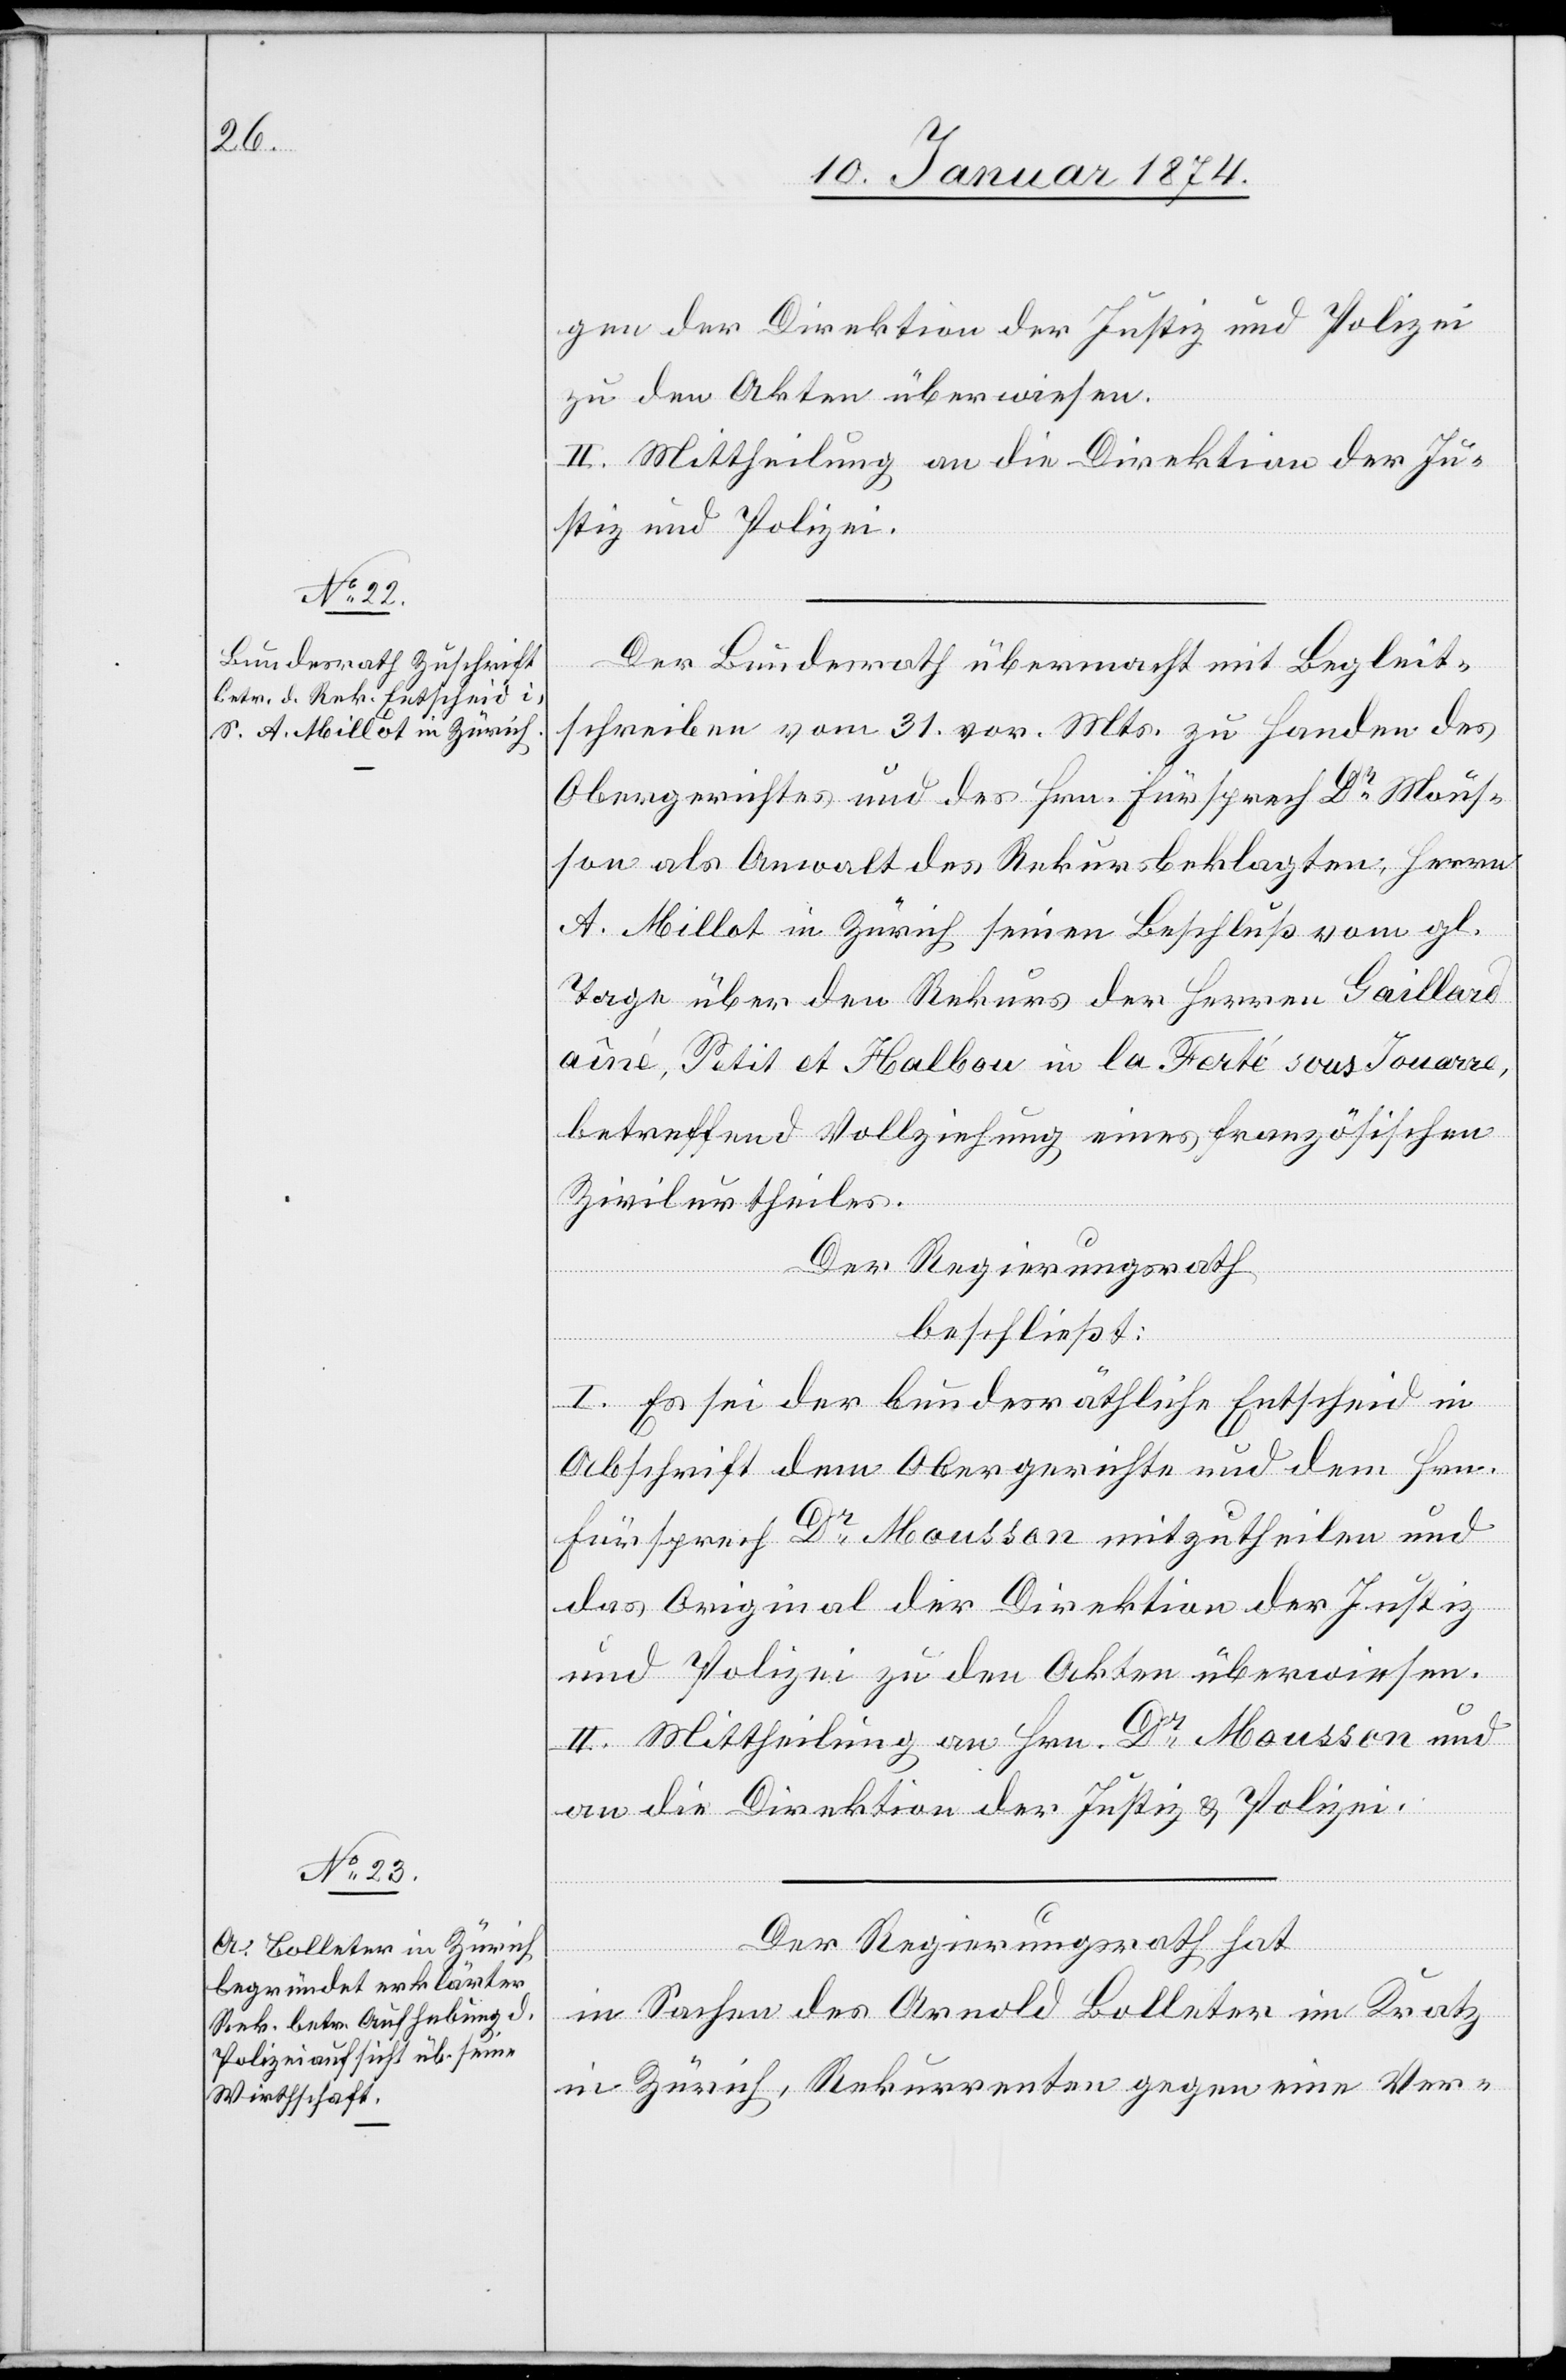
gen der Direktion der Justiz und Polizei
zu den Akten überwiesen.
II. Mittheilung an die Direktion der Ju¬
stiz und Polizei.
Der Bundesrath übermacht mit Begleit¬
schreiben vom 31. vor. Mts. zu Handen des
Obergerichtes und des Hrn. Fürsprech Dr Mous¬
son als Anwalt des Rekursbeklagten, Herrn
A. Millot in Zürich seinen Beschluß vom gl.
Tage über den Rekurs der Herren Gaillard
aîné, Petit et Halbon in la Ferté sous Jouerre,
betreffend Vollziehung eines französischen
Zivilurtheiles.
Der Regierungsrath
beschließt:
I. Es sei der bundesräthliche Entscheid in
Abschrift dem Obergericht und dem Hrn.
Fürsprech Dr Mousson mitzutheilen und
das Original der Direktion der Justiz
und Polizei zu den Akten überweisen.
II. Mittheilung an Hrn. Dr Mousson und
an die Direktion der Justiz & Polizei.
Der Regierungsrath hat
in Sachen des Arnold Bolleter im Kratz
in Zürich, Rekurrenten gegen eine Ver-